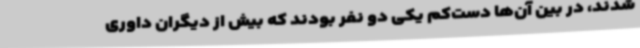
‌شدند، در بین آن‌ها دست‌کم یکی دو نفر بودند که بیش از دیگران داوری